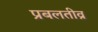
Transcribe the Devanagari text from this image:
प्रबलतीव्र